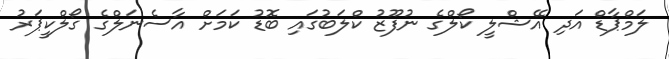
ލަމްޕާޑް އަދި އޭޝްލީ ކޯލްގެ ނުފޫޒު ކްލަބުގައި ބޮޑު ކަމަށް އާސެނަލްގެ ގޯލްކީޕަރު